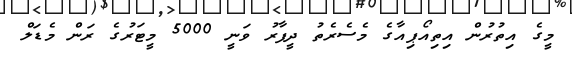
މީގެ އިތުރުން އިތިއޯޕިއާގެ މެސެރެތު ދީފާރު ވަނީ 5000 މީޓަރުގެ ރަން މެޑަލް